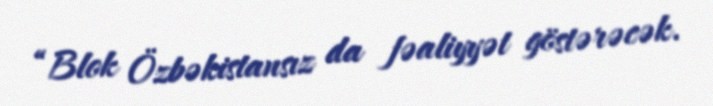
“Blok Özbəkistansız da fəaliyyət göstərəcək.